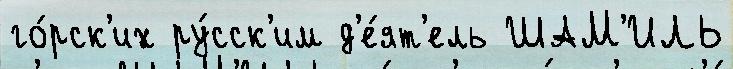
го́рск'их ру́сск'им д'е́ят'ель ШАМ'ИЛЬ